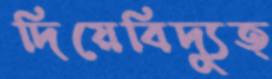
দিয়েবিদ্যুত্